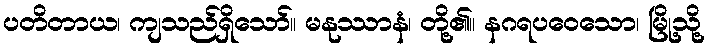
ပတိတာယ၊ ကျသည်ရှိသော်။ မနုဿာနံ၊ တို့၏။ နဂရပဝေသော၊ မြို့သို့